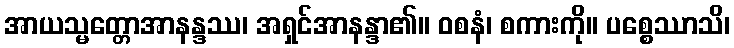
အာယသ္မတ္တောအာနန္ဒဿ၊ အရှင်အာနန္ဒာ၏။ ဝစနံ၊ စကားကို။ ပစ္စေဿာသိ၊